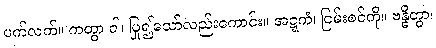
ပက်လက်။ ကတွာ ဝါ၊ ပြု၍သော်လည်းကောင်း။ အဋ္ဋကံ၊ ငြမ်းစင်ကို။ ဗန္ဓိတွာ၊